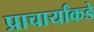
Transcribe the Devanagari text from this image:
प्राचार्यांकडे